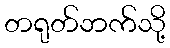
တရုတ်ဘက်သို့